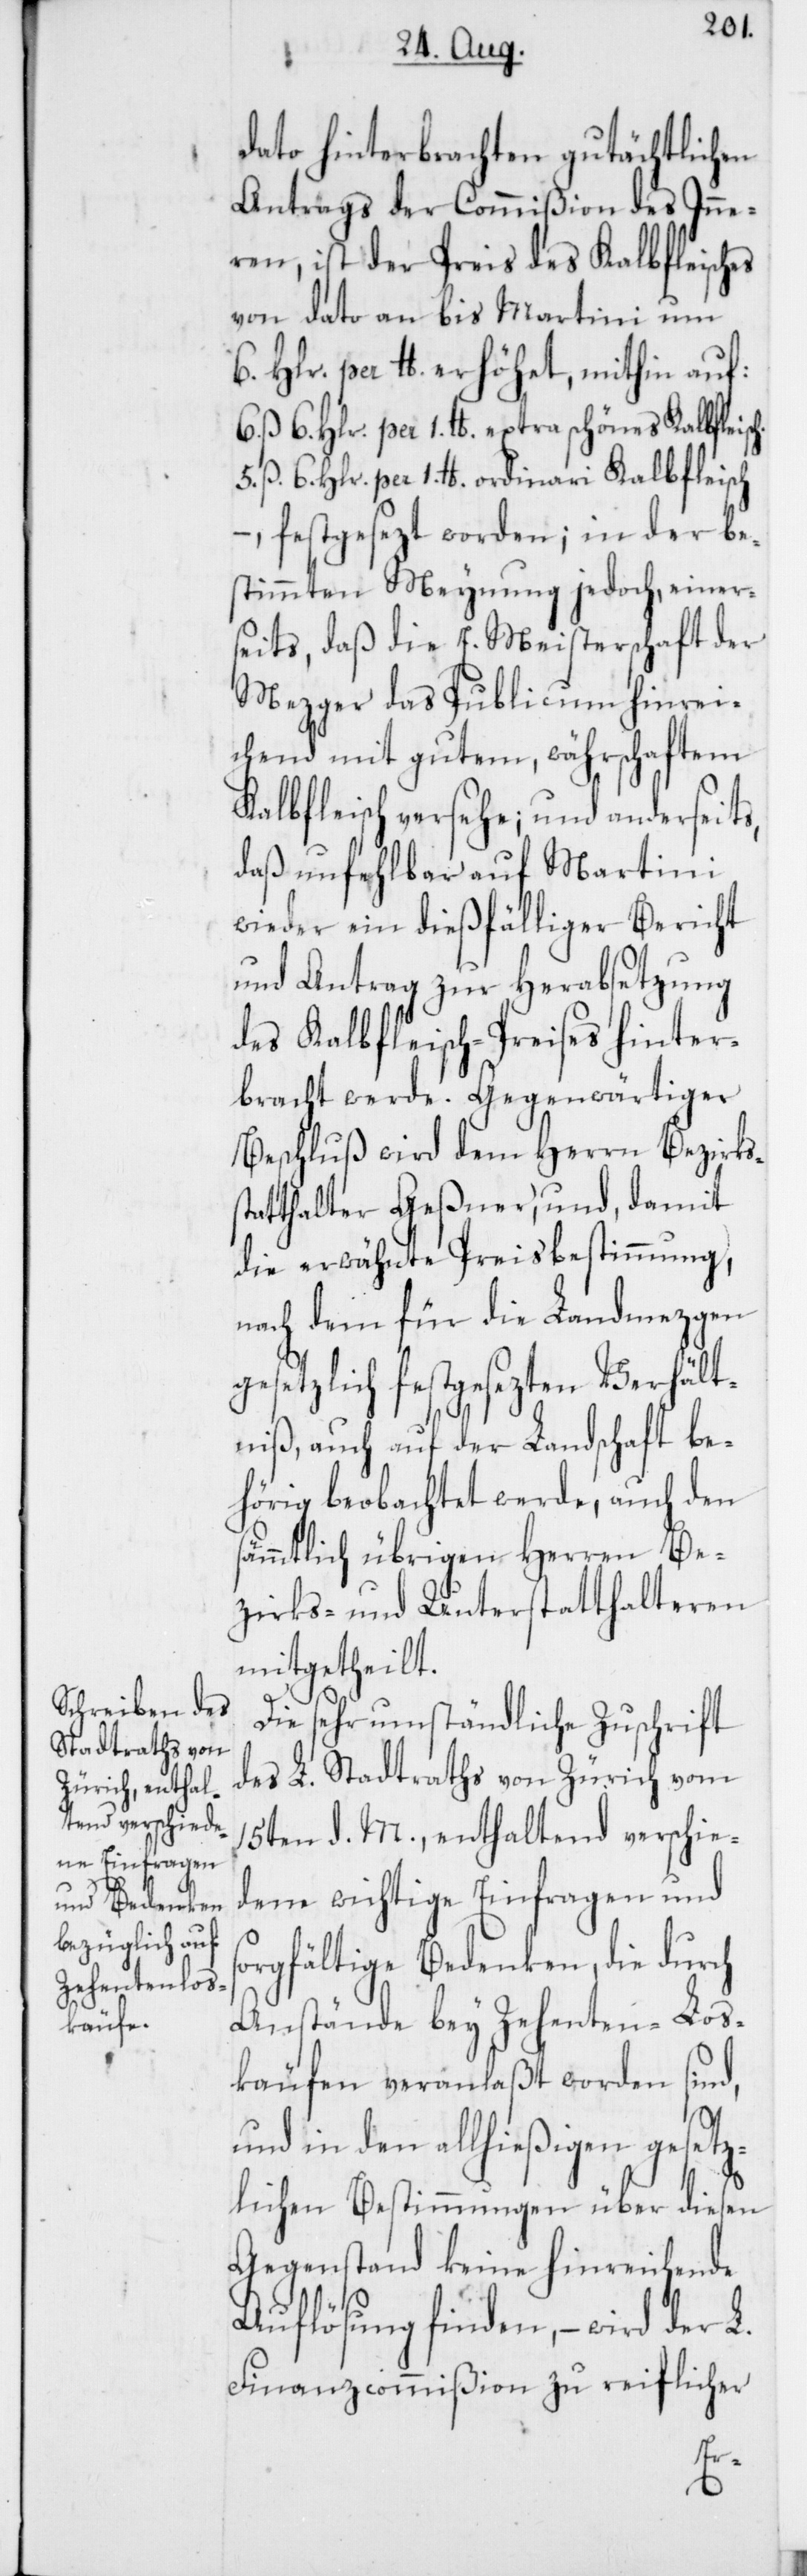
dato hinterbrachten gutächtlichen
Antrags der Commißion des Inne¬
ren, ist der Preis des Kalbfleisches
von dato an bis Martini um
6. Hlr. per lb. erhöhet, mithin auf:
6. ß 6. Hlr. per 1. lb. extra schönes Kalbfleis¬
5. ß 6 Hlr. per 1. lb. ordinari Kalbfleisch
–, festgesezt worden; in der be¬
stimmten Meynung jedoch, einer¬
seits, daß die E. Meisterschaft der
Mezger das Publicum hinrei¬
chend mit gutem, währschaftem
Kalbfleisch versehe; und anderseits,
daß unfehlbar auf Martini
wieder ein dießfälliger Bericht
und Antrag zur Herabsetzung
des Kalbfleisch-Preises hinter¬
Beschluß wird dem Herrn Bezirks¬
atthalter Geßner, und, damit
die erwähnte Preisbestimmung,
nach dem für die Landmetzgen
gesetzlich festgesezten Verhält¬
niß, auch auf der Landschaft be¬
hörig beobachtet werde, auch den
sämtlich übrigen Herren Be¬
zirks- und Unterstatthalteren
mitgetheilt.
Die sehr umständliche Zuschrift
des L. Stadtraths von Zürich vom
15ten d. M., enthaltend verschied¬
ene wichtige Einfragen und
orgfältige Bedenken, die durch
Anstände bey Zehenten-Los¬
käufen veranlaßt worden sind,
st¬
und in den allhießigen gesetz¬
lichen Bestimmungen über diesen
Gegenstand keine hinreichende
Auflösung finden, – wird der L.
Finanzcommißion zu reiflicher
s¬